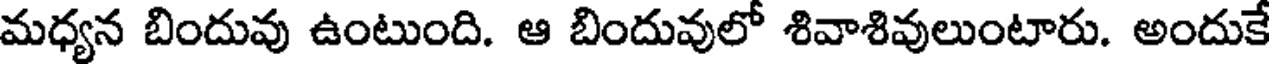
మధ్యన బిందువు ఉంటుంది. ఆ బిందువులో శివాశివులుంటారు. అందుకే